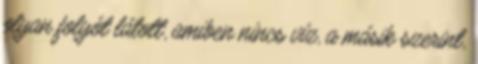
olyan folyót látott, amiben nincs víz, a másik szerint,